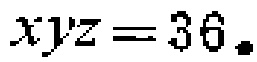
\(xyz = 36\)